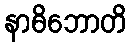
နာဓိဘောတိ